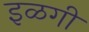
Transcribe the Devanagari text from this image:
इळगी